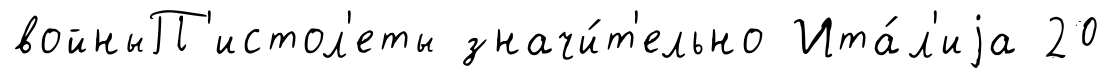
войныП'истол'еты значи́т'ельно Ита́л'иjа 20